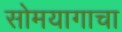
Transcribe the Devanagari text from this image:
सोमयागाचा